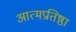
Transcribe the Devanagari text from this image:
आत्मप्रतिष्ठा